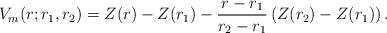
LaTeX: \begin{align*}V_m(r; r_1, r_2)=Z(r)-Z(r_1)-\frac{r-r_1}{r_2-r_1}\left(Z(r_2)-Z(r_1)\right).\end{align*}